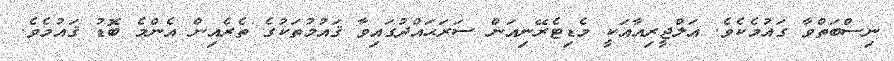
ނިސްބަތްވާ ގައުމެކެވެ. އަލްޖީރިއާއަކީ މެޑިޓެރޭނިއަން ސަރަޙައްދުގައިވާ ޤައުމުތަކުގެ ތެރެއިން އެންމެ ބޮޑު ޤައުމެވެ.